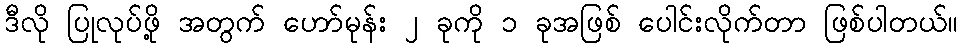
ဒီလို ပြုလုပ်ဖို့ အတွက် ဟော်မုန်း ၂ ခုကို ၁ ခုအဖြစ် ပေါင်းလိုက်တာ ဖြစ်ပါတယ်။